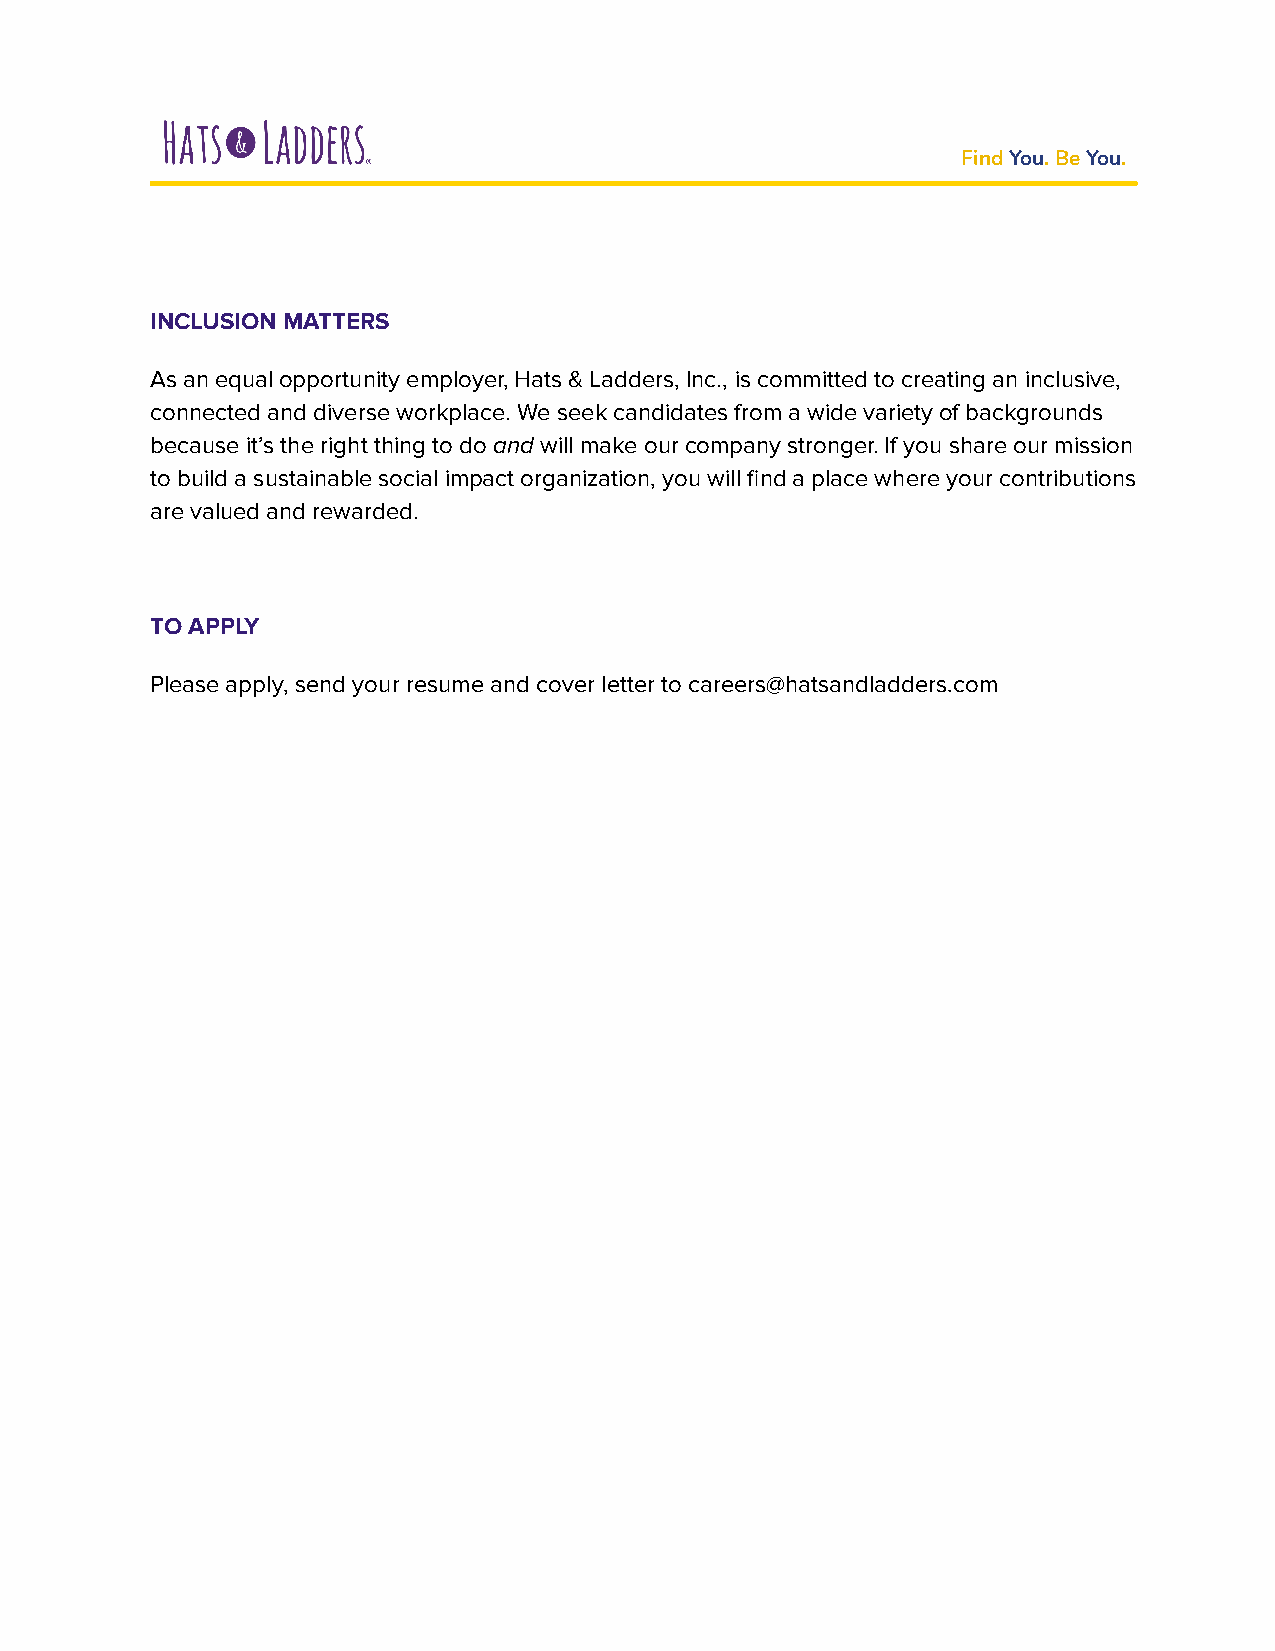
FindYou. BeYou.
 INCLUSION MATTERS
 As an equal opportunity employer, Hats & Ladders, Inc., is committed to creating an inclusive,
 connected and diverse workplace. We seek candidates from a wide variety of backgrounds
 because it’s the right thing to do and will make our company stronger. If you share our mission
 to build a sustainable social impact organization, you will find a place where your contributions
 are valued and rewarded.
 TO APPLY
 Please apply, send your resume and cover letter to careers@hatsandladders.com